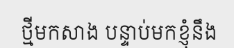
ថ្មីមកសាង បន្ទាប់មកខ្ញុំនឹង